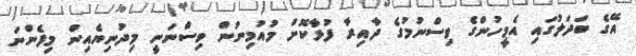
އޭގެ ބަދަލުގައި އެމީހުންގެ ވިސްނުމުގެ ދާއިރާ ފުޅާކޮށް މުއުމިނުން ވިސްނަނީ މިދުނިޔެއިން މިފެންނަ